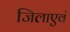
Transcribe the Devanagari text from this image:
जिलाएवं